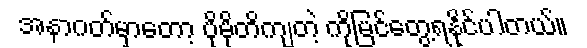
အနာဂတ်မှာတော့ ပိုမိုတိကျတဲ့ ကိုမြင်တွေ့ရနိုင်ပါတယ်။